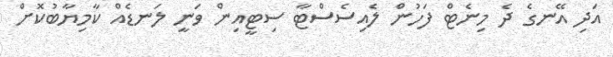
އަދި އޭނގެ ދެ މިނެޓް ފަހުން ލެއިސެސްޓާ ސިޓީއިން ވަނީ ލަނޑެއް ކާމިޔާބުކޮށް